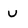
Character: v